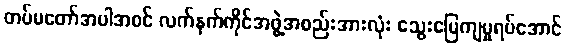
တပ်မတော်အပါအဝင် လက်နက်ကိုင်အဖွဲ့အစည်းအားလုံး သွေးမြေကျမှုရပ်အောင်